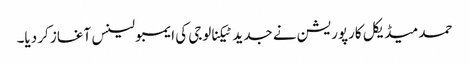
حمد میڈیکل کارپوریشن نے جدید ٹیکنالوجی کی ایمبولینس آغاز کر دیا۔